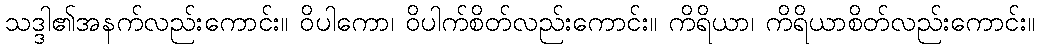
သဒ္ဒါ၏အနက်လည်းကောင်း။ ဝိပါကော၊ ဝိပါက်စိတ်လည်းကောင်း။ ကိရိယာ၊ ကိရိယာစိတ်လည်းကောင်း။